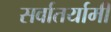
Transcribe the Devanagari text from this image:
सर्वातर्यामी